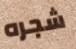
شجره